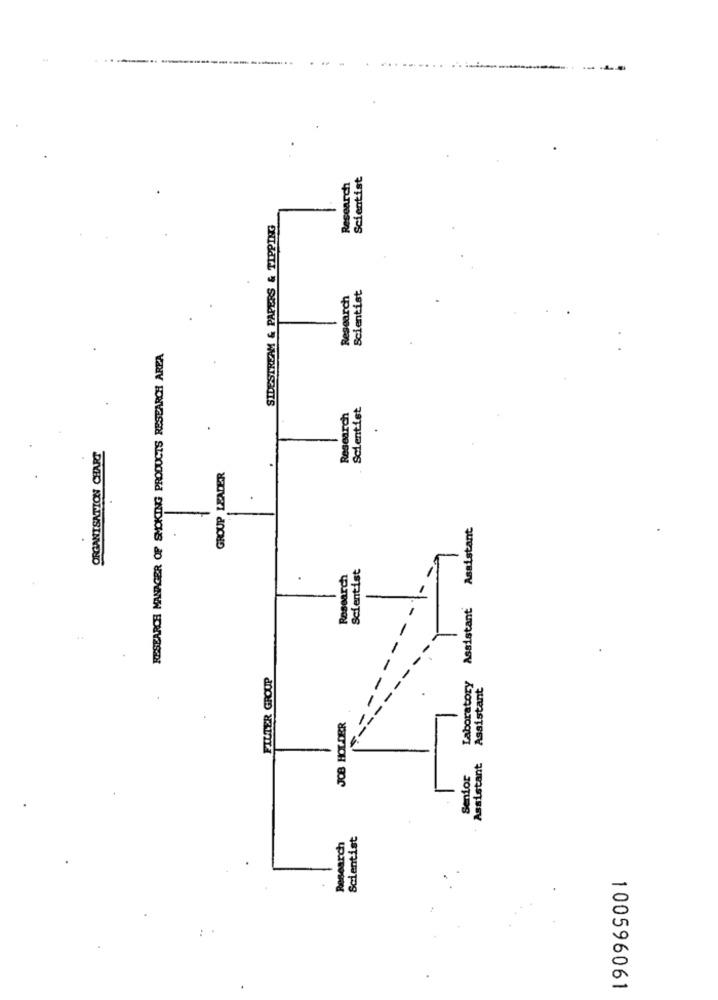
Research
Scientist
SIDESTREAM & PAPERS & TIPPING
Scientist
Research
RESEARCH MANAGER OF SMOKING PRODUCTS RESEARCH AREA
Scientist
Research
.
ORGANISATION CHART
GROUP LEADER
-
.
Assistant Assistant
Scientist
Research
FILTER GROUP
Laboratory
Assistant
JOB HOLDER
Assistant
Senior
Scientist
Research
190969001